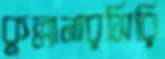
কুল্লানারসিরি